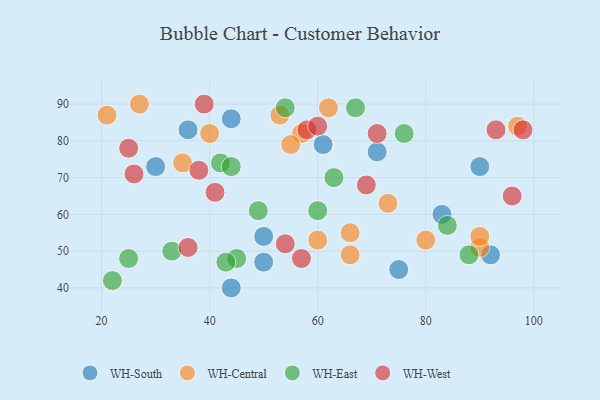
{"axis": {"x": "GDP", "y": "Life Expectancy"}, "legend": ["WH-Central", "WH-East", "WH-South", "WH-West"], "data": [{"x": "61", "y": 79, "type": "WH-South"}, {"x": "90", "y": 73, "type": "WH-South"}, {"x": "44", "y": 40, "type": "WH-South"}, {"x": "30", "y": 73, "type": "WH-South"}, {"x": "36", "y": 83, "type": "WH-South"}, {"x": "44", "y": 86, "type": "WH-South"}, {"x": "50", "y": 54, "type": "WH-South"}, {"x": "71", "y": 77, "type": "WH-South"}, {"x": "83", "y": 60, "type": "WH-South"}, {"x": "50", "y": 47, "type": "WH-South"}, {"x": "92", "y": 49, "type": "WH-South"}, {"x": "75", "y": 45, "type": "WH-South"}, {"x": "57", "y": 82, "type": "WH-Central"}, {"x": "90", "y": 51, "type": "WH-Central"}, {"x": "40", "y": 82, "type": "WH-Central"}, {"x": "62", "y": 89, "type": "WH-Central"}, {"x": "90", "y": 54, "type": "WH-Central"}, {"x": "66", "y": 55, "type": "WH-Central"}, {"x": "55", "y": 79, "type": "WH-Central"}, {"x": "60", "y": 53, "type": "WH-Central"}, {"x": "73", "y": 63, "type": "WH-Central"}, {"x": "21", "y": 87, "type": "WH-Central"}, {"x": "97", "y": 84, "type": "WH-Central"}, {"x": "80", "y": 53, "type": "WH-Central"}, {"x": "27", "y": 90, "type": "WH-Central"}, {"x": "35", "y": 74, "type": "WH-Central"}, {"x": "66", "y": 49, "type": "WH-Central"}, {"x": "53", "y": 87, "type": "WH-Central"}, {"x": "22", "y": 42, "type": "WH-East"}, {"x": "42", "y": 74, "type": "WH-East"}, {"x": "25", "y": 48, "type": "WH-East"}, {"x": "88", "y": 49, "type": "WH-East"}, {"x": "49", "y": 61, "type": "WH-East"}, {"x": "67", "y": 89, "type": "WH-East"}, {"x": "45", "y": 48, "type": "WH-East"}, {"x": "43", "y": 47, "type": "WH-East"}, {"x": "84", "y": 57, "type": "WH-East"}, {"x": "54", "y": 89, "type": "WH-East"}, {"x": "76", "y": 82, "type": "WH-East"}, {"x": "63", "y": 70, "type": "WH-East"}, {"x": "33", "y": 50, "type": "WH-East"}, {"x": "44", "y": 73, "type": "WH-East"}, {"x": "60", "y": 61, "type": "WH-East"}, {"x": "71", "y": 82, "type": "WH-West"}, {"x": "96", "y": 65, "type": "WH-West"}, {"x": "57", "y": 48, "type": "WH-West"}, {"x": "58", "y": 83, "type": "WH-West"}, {"x": "41", "y": 66, "type": "WH-West"}, {"x": "60", "y": 84, "type": "WH-West"}, {"x": "26", "y": 71, "type": "WH-West"}, {"x": "39", "y": 90, "type": "WH-West"}, {"x": "54", "y": 52, "type": "WH-West"}, {"x": "38", "y": 72, "type": "WH-West"}, {"x": "69", "y": 68, "type": "WH-West"}, {"x": "98", "y": 83, "type": "WH-West"}, {"x": "25", "y": 78, "type": "WH-West"}, {"x": "36", "y": 51, "type": "WH-West"}, {"x": "93", "y": 83, "type": "WH-West"}]}